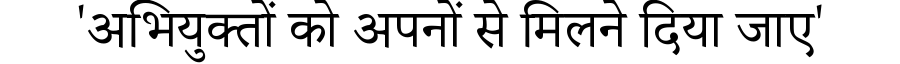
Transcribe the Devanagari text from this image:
'अभियुक्तों को अपनों से मिलने दिया जाए'